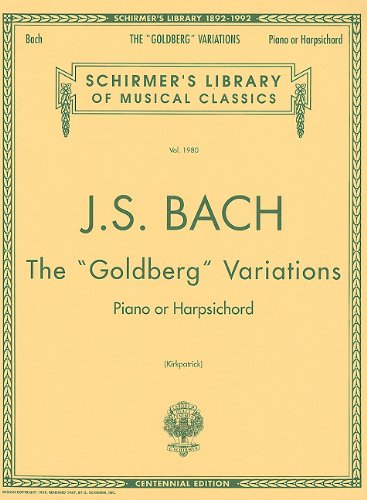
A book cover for Bach: Goldberg Variations: Schirmer's Library of Musical Classics; Humor & Entertainment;